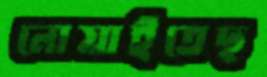
নোয়াইতেছ